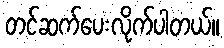
တင်ဆက်ပေးလိုက်ပါတယ်။